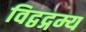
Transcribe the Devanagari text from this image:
विद्वद्गम्य